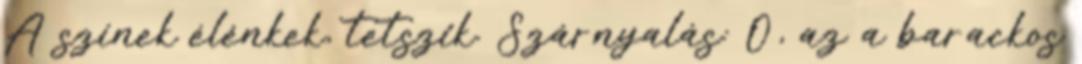
A színek élénkek, tetszik. Szárnyalás: Ó, az a barackos